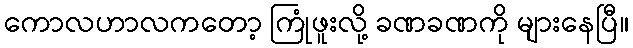
ကောလဟာလကတော့ ကြုံဖူးလို့ ခဏခဏကို များနေပြီ။